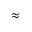
\approx